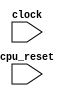
module CPU(	
  input  wire        clock,	
  input  wire        cpu_reset	
);

  reg         reset_r;	
  
  always @(posedge clock) begin	
    reset_r <= cpu_reset;	
  end 
  
endmodule

module TOP(
  input         clock,
                reset
);
  reg sync_0, sync_1, sync_2;	
  wire _cpu_reset_chain_io_q = sync_0;	

  CPU cpu (	
    .clock(clock),
    .cpu_reset(_cpu_reset_chain_io_q | reset) 
  );

  always @(posedge clock) begin
    sync_0 <= sync_1;	
    sync_1 <= sync_2;
    sync_2 <= reset;	
  end
  

 
endmodule